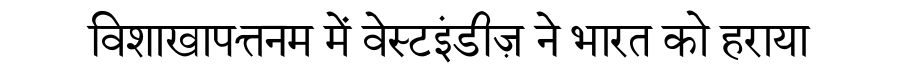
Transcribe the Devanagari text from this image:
विशाखापत्तनम में वेस्टइंडीज़ ने भारत को हराया